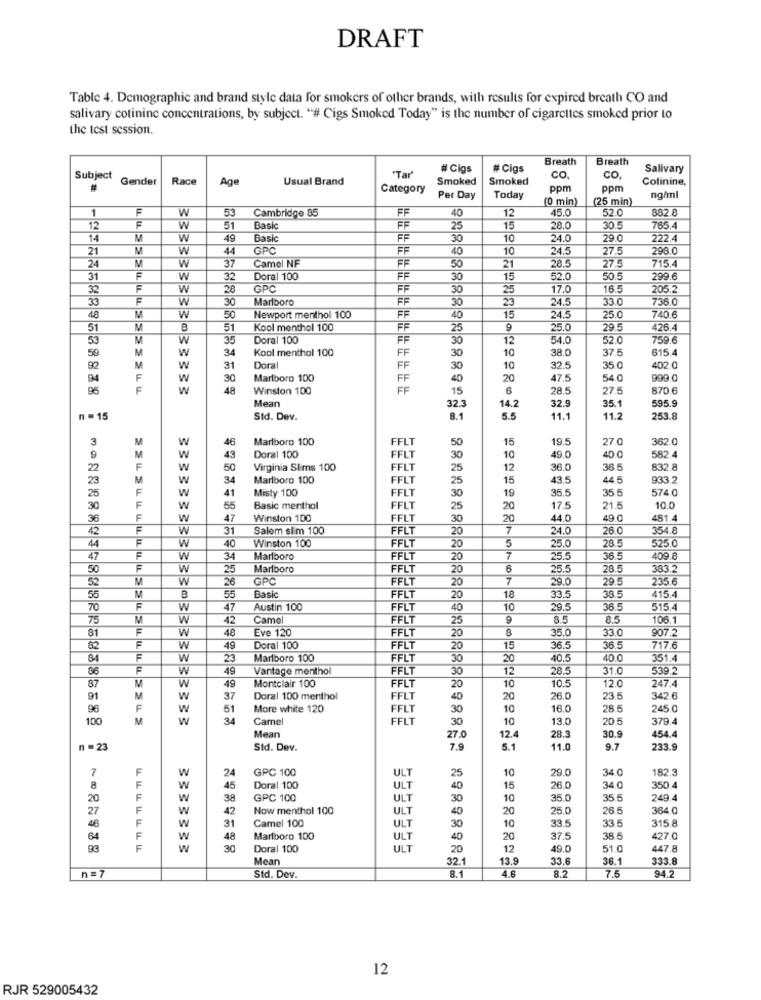
DRAFT
Table 4. Demographic and brand style data for smokers of other brands, with results for expired breath CO and
salivary cotinine concentrations, by subject. "# Cigs Smoked Today" is the number of cigarettes smoked prior to
the test session.
Breath
Breath
# Cigs
# Cigs
Salivary
Subject
Gender
Race
Usual Brand
"Tar'
Smoked
Smoked
CO.
co,
Colinine,
#
Age
Category
ppm
ppm
Per Day
Today
(0 min)
(25 min)
ng/ml
1
F
W
53
Cambridge 85
FE
40
12
45.0
52.0
882.8
12
F
W
51
Basic
FF
25
15
28.0
30.5
765
14
M
W
49
Basic
FF
30
10
24.0
29.0
222.4
21
W
44
GPC
F
40
10
24.
27.5
298.0
Camel NF
715.4
24
W
37
FF
50
21
28.5
27.5
31
F
W
32
Doral 100
F
30
15
52.0
50.5
299.6
32
F
W
28
GPC
FF
30
25
17.0
16.5
205.2
33
F
W
30
Marlboro
F
23
24.5
33.0
736.C
30
48
M
W
50
Newport menthol 100
F
40
15
24.
25.0
740.6
51
M
B
51
Kool menthol 100
F
25
9
25.0
29.5
426.4
53
M
W
35
Doral 100
F
30
12
54.0
52.0
759.6
M
34
Kool menthol 100
FF
30
38.0
37.5
615.4
59
W
10
92
M
W
31
Doral
FF
30
10
32.5
35.0
402.0
94
F
W
30
Marlboro 100
FF
40
20
47.5
54.0
999.C
95
F
48
Winston 100
15
6
28.5
27.5
870.6
Mean
32
35.1
595.
14.2
32.9
n = 15
Std. Dev.
8.1
5.5
11.1
11.2
253.8
W
46
Marlboro 100
FFLT
50
15
19.5
27.0
362.0
W
43
Doral 100
FFLT
30
10
49.0
40.0
582.4
F
W
50
Virginia Slims 100
FFLT
25
12
36.0
36.5
832.8
M
W
34
Marlboro 100
FFL
25
15
43.5
44.5
933.2
F
W
41
Misty 100
FFLT
19
35.5
35.5
574.0
30
F
W
55
Basic menthol
FFLT
25
20
17.5
21.5
10.0
F
W
47
Winston 100
FFLT
30
20
44.0
49 0
481.4
42
F
W
31
Salem sim 100
FFLT
20
7
24.0
26.0
354.8
F
40
Winston 100
FFLT
5
44
W
20
25.0
28.5
525.0
47
F
W
34
Marlboro
FELT
20
7
25.5
36.5
409.8
50
F
W
25
Marlboro
FFL
20
6
25.5
28.5
383.2
W
26
GPC
FELT
7
29.0
29.5
235.6
52
Basic
FELT
20
33.5
38.
56
M
B
55
20
18
415.4
70
F
W
47
Austin 100
FELT
40
10
29.5
36.5
515.4
75
M
W
42
Camel
FFL1
25
9
8.5
8.5
106.
81
F
48
Eve 120
FFLT
8
35.0
33.0
907.2
F
W
20
82
W
49
Doral 100
FFLT
20
15
36.5
36.5
717.6
F
W
23
Marlboro 100
FFLT
30
20
40.5
40.0
351.4
86
F
W
49
Vantage menthol
FFL
30
12
28.5
31.0
539.2
Montclair 100
87
M
W
49
FFL
20
10
10.5
12.0
247.4
91
M
W
37
Doral 100 menthol
FFLT
40
20
26.0
23.5
342.6
96
F
W
51
More white 120
FFLT
30
10
16.0
28.5
245 0
100
M
W
34
Camel
FELT
30
10
13.0
20.5
379 4
Mean
27.0
12.4
28.3
30.9
454.4
n =23
Std. Dev.
7.9
5.1
11.0
9.7
233.9
7
W
24
GPC 100
ULT
10
29.0
182.3
25
34.0
8
W
45
Doral 100
ULT
40
15
26.0
34.0
350.4
20
W
38
GPC 100
ULT
30
10
35.0
35.5
249 4
27
W
42
Now menthol 100
ULT
40
20
25.0
26.5
364.0
F
W
31
Camel 100
315.8
46
ULT
30
10
33.5
33.5
64
W
48
Marlboro 100
ULT
40
20
37.5
38.5
427.0
W
30
Doral 100
ULT
20
12
49.0
51.0
447.8
Mean
32.1
13.9
33.6
36.1
333.8
n=7
4.6
8.2
7.5
94.2
Std. Dev.
8.1
12
RJR 529005432